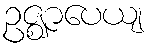
ဥဇ္ဈာပေယျ